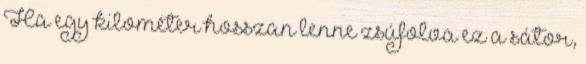
Ha egy kilométer hosszan lenne zsúfolva ez a sátor,